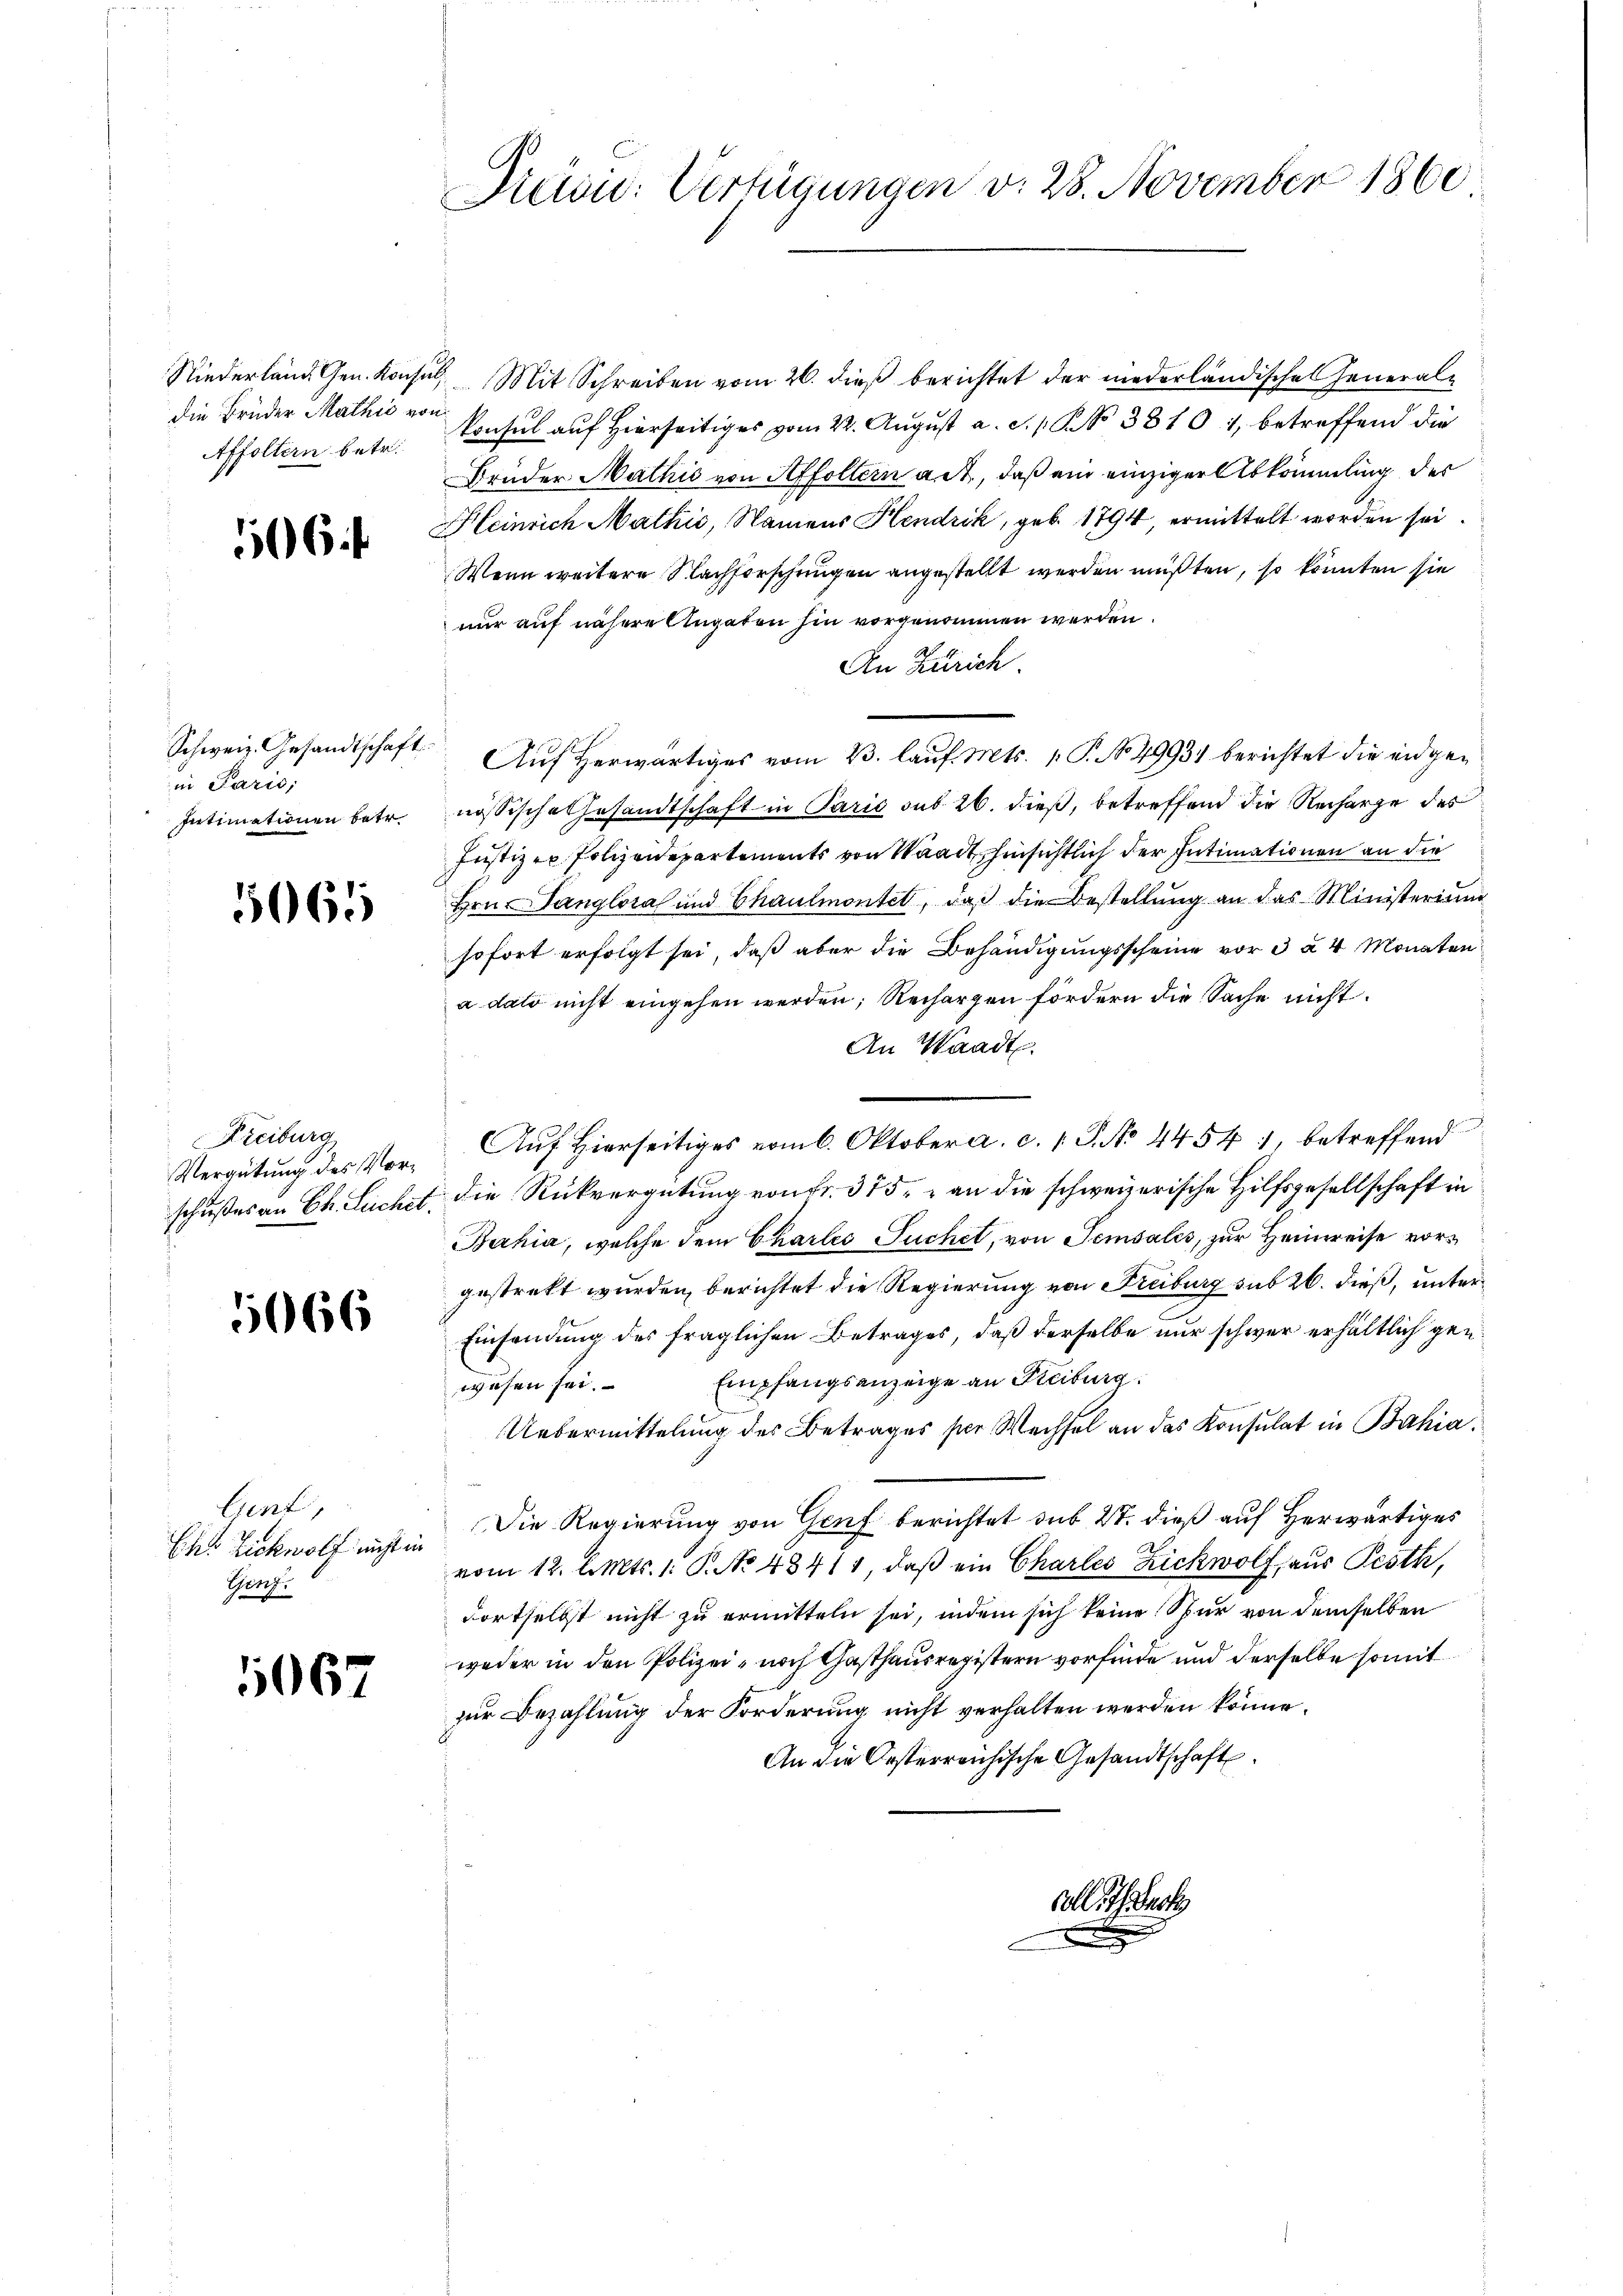
Niederland Gen. Konz
die Brüder Mathić von
Affoltern betr.

506

Schweiz. Gesandtschaft
in Paris,
Intimationen betr

5065

Freiburg.
Vergütung des Vor¬

5066

Cunt,
Ehs Zickwolf nicht in
Thierz

1067

Preis: Verfügungen v. 28. November 1860

ius Mit Schreiben vom 26. dieß berichtet der niederländische Generalp
konsul auf Hierseitiges vom 22. August a. d. 1. No 38101, betreffend die
Brüder Mathis von Affoltern alt, daß ein einziger Abkömmling des
Heinrich Mathis, Namens Hendrik, geb. 1794, ermittelt worden sei.
Wenn weitere Nachforschungen angestellt werden müßten, so könnten sie
nur auf nähere Angaben hin vorgenommen werden.
An Zürich.
nössische Gesandtschaft in Paris sub 26. dieß, betreffend die Recharge des
Justizer Polizeidepartements von Waadt, hinsichtlich der Intimationen an die
Hrn. anglora und Chaulmontet, daß die Bestellung an das Ministerium
sofort erfolgt sei, daß aber die Behändigungsscheine vor 3 à 4 Monaten
a dato nicht eingehen werden; Rechargen fördern die Sache nicht
An Waadt.
Auf Hierseitiges vom 6. Oktober a. c. s. P. No 44541, betreffend
schußes an Ch. Suchet, die Rückvergütung von Fr. 375, an die schweizerische Hilfsgesellschaft in
Bahia, welche dem Chartes Suchet, von Semsalis, zur Heimreise vorgestrekt wurden, berichtet die Regierung von Freiburg sub 26. dieß, unter¬
Einsendung des fraglichen Betrages, daß derselbe nur schwer erhältlich gen¬
Empfangsanzeige an Freiburg.
wesen sei.
Uebermittelung des Betrages per Wechsel an das Konsulat in Bahia¬
Die Regierung von Genf berichtet sub 27. dieß auf Herwärtiges
vom 12. l. Mts. 1. P. No 48414, daß ein Chartes Zickwolf, aus Pesth,
dortselbst nicht zu ermitteln sei, indem sich keine Spur von demselben
weder in den Polizei- noch Gasthausregistern vorfinde und derselbe somit
zur Bezahlung der Forderung nicht verhalten werden könne.
An die Oesterreichische Gesandtschaft.

Auf herwärtiges vom 23. lauf. Mts. 1. P. No. 49934 berichtet die eidge¬

vollstech